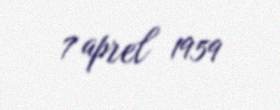
7 aprel 1959